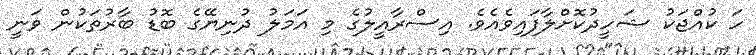
ހަ ކުއްޖަކު ޝަހީދުކޮށްލާފައިވެއެވެ. އިސްރާއީލުގެ މި އަމަލު ދުނިޔޭގެ ބޮޑު ބާރުތަކުން ވަނީ